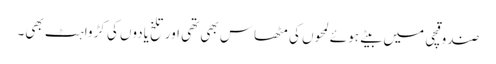
صندوقچی میں بیتے ہوئے لمحوں کی مٹھاس بھی تھی اور تلخ یادوں کی کڑواہٹ بھی۔